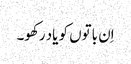
اِن باتوں کو یاد رکھو۔